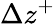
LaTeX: \Delta z^{+}